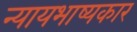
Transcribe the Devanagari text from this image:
न्यायभाष्यकार